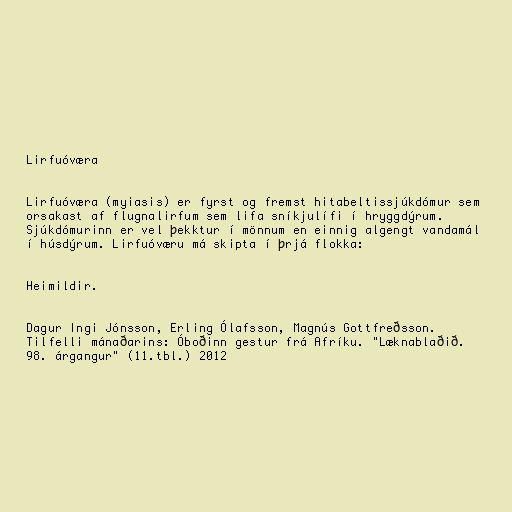
Lirfuóværa

Lirfuóværa (myiasis) er fyrst og fremst hitabeltissjúkdómur sem
orsakast af flugnalirfum sem lifa sníkjulífi í hryggdýrum.
Sjúkdómurinn er vel þekktur í mönnum en einnig algengt vandamál
í húsdýrum. Lirfuóværu má skipta í þrjá flokka:

Heimildir.

Dagur Ingi Jónsson, Erling Ólafsson, Magnús Gottfreðsson.
Tilfelli mánaðarins: Óboðinn gestur frá Afríku. "Læknablaðið.
98. árgangur" (11.tbl.) 2012